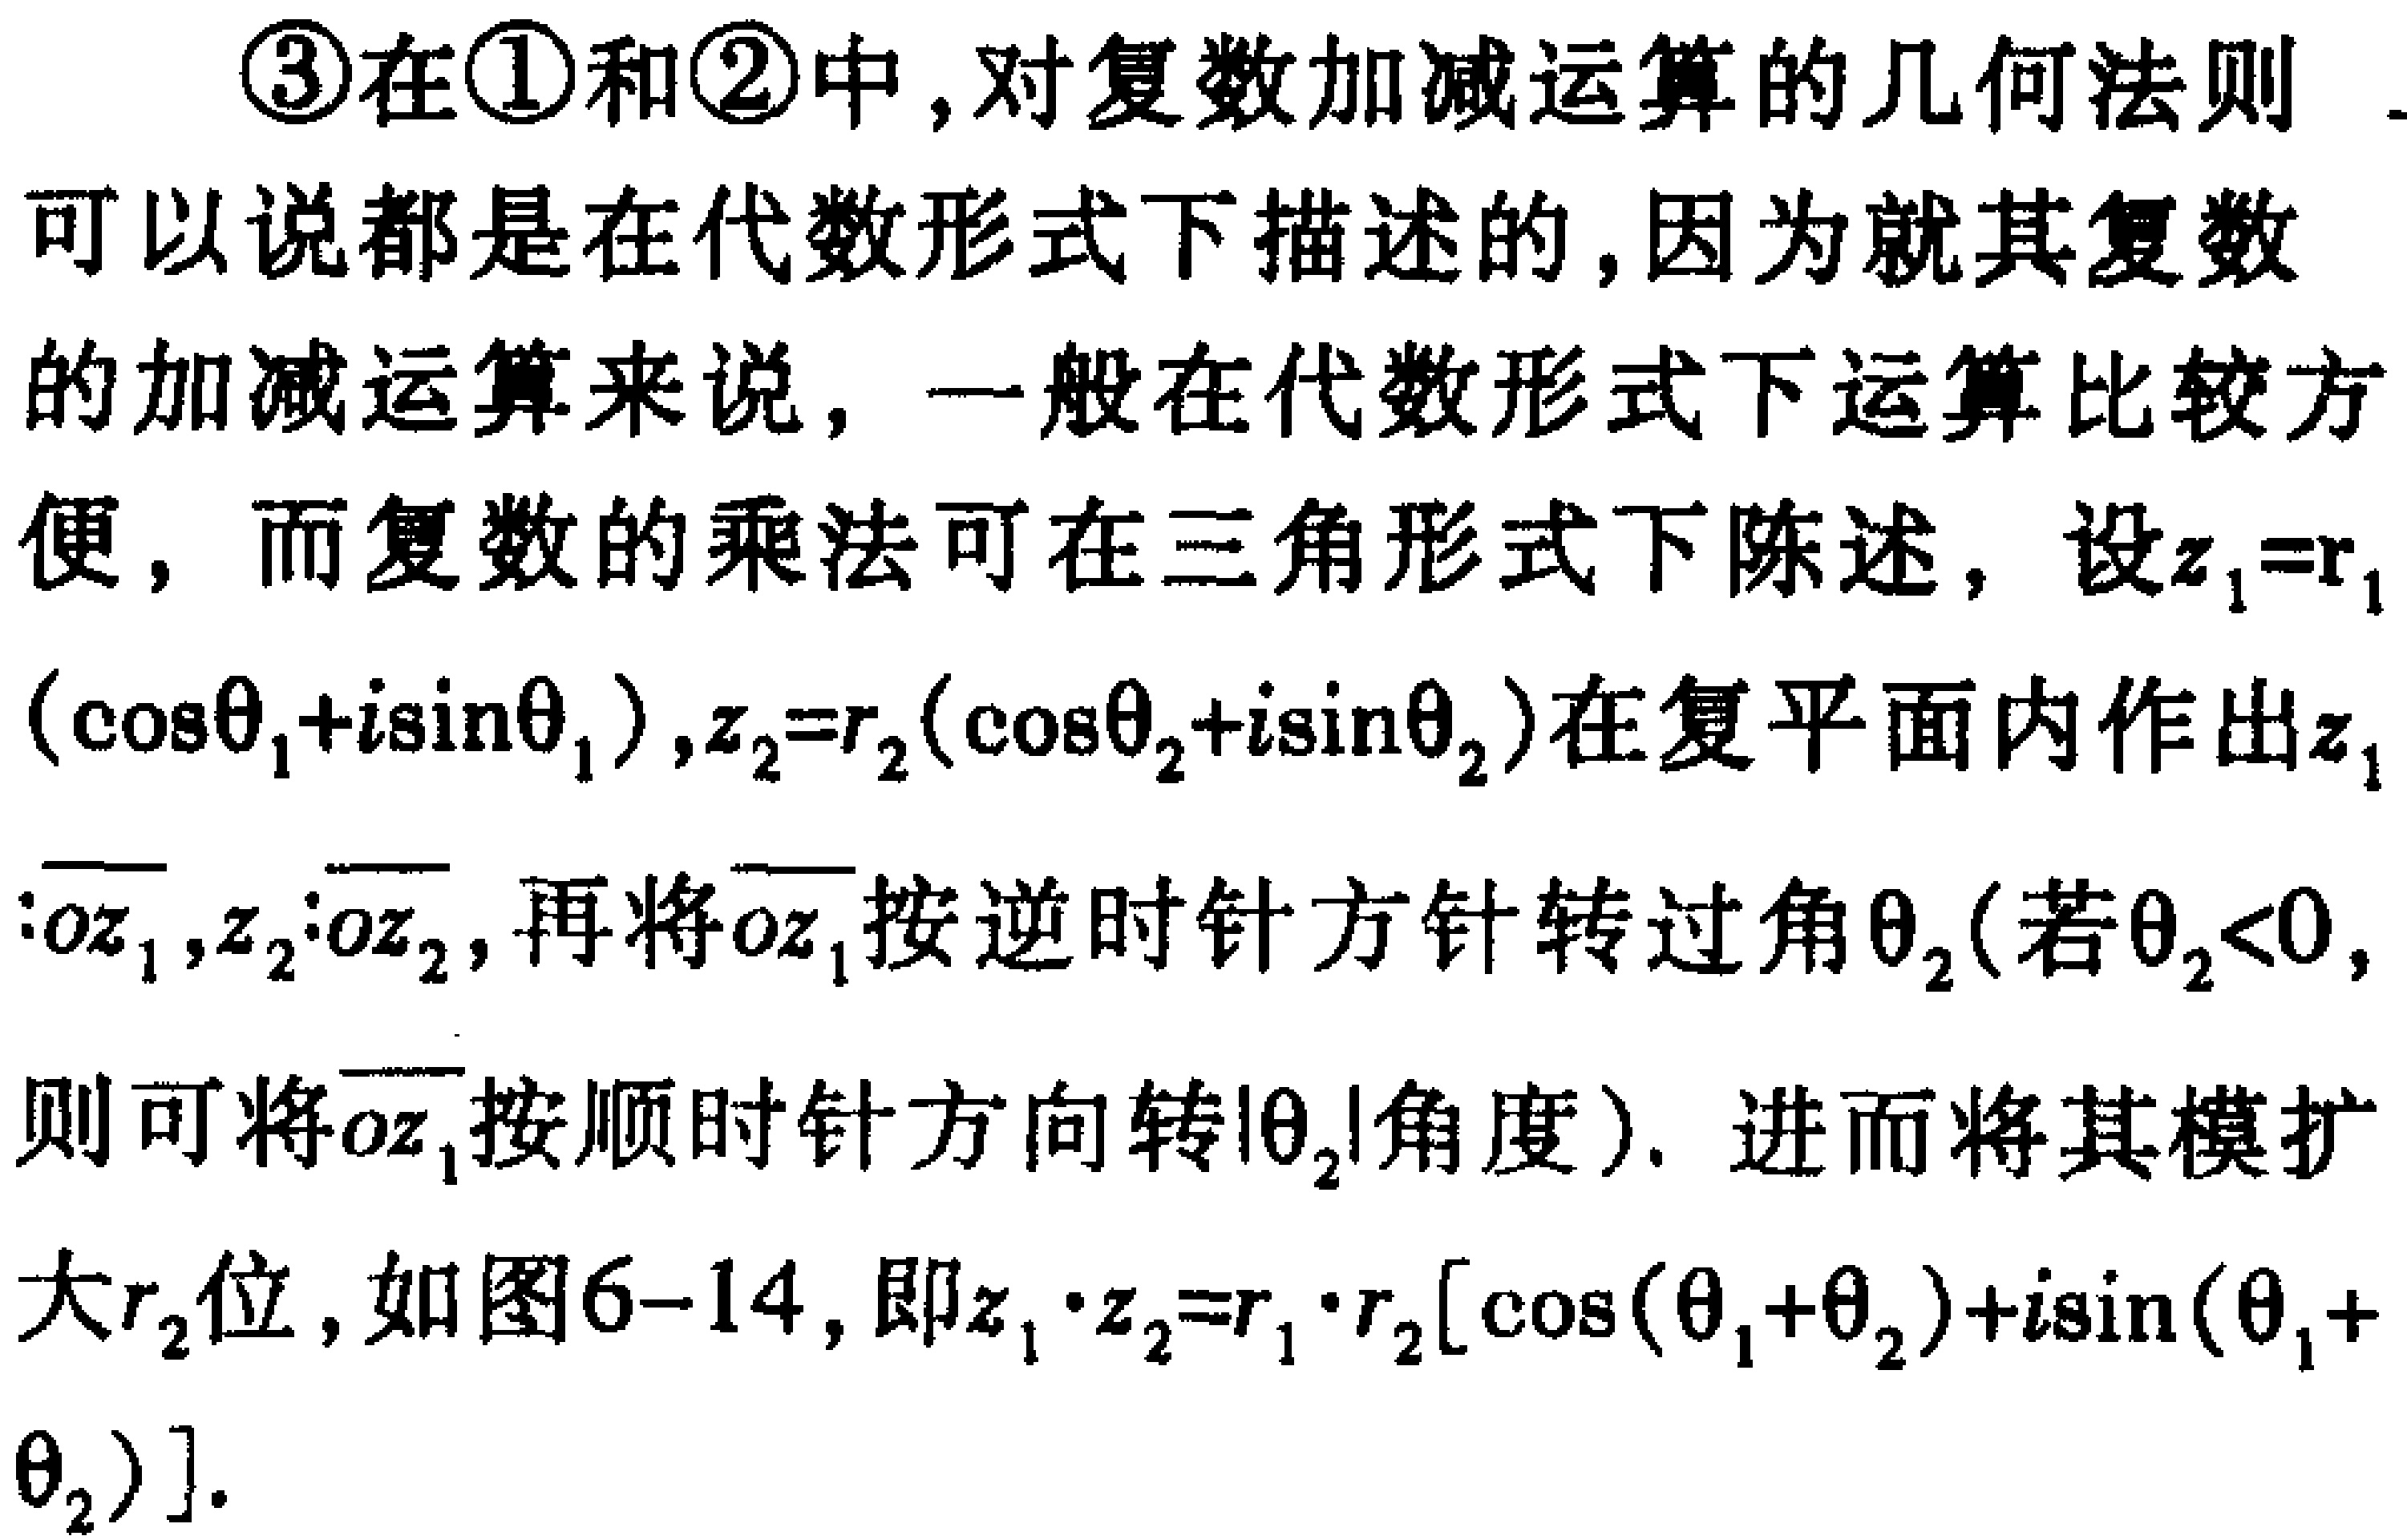
\textcircled{3}在\textcircled{1}和\textcircled{2}中,对复数加减运算的几何法则可以说都是在代数形式下描述的,因为就其复数的加减运算来说，一般在代数形式下运算比较方便，而复数的乘法可在三角形式下陈述，设\(z_{1}=r_{1}(\cos\theta_{1}+i\sin\theta_{1})\)，\(z_{2}=r_{2}(\cos\theta_{2}+i\sin\theta_{2})\)在复平面内作出\(z_{1}\)：\(\overrightarrow{oz_{1}}\)，\(z_{2}\)：\(\overrightarrow{oz_{2}}\)，再将\(\overrightarrow{oz_{1}}\)按逆时针方针转过角\(\theta_{2}\)(若\(\theta_{2}<0\)，则可将\(\overrightarrow{oz_{1}}\)按顺时针方向转\(\vert\theta_{2}\vert\)角度). 进而将其模扩大\(r_{2}\)位，如图6-14，即\(z_{1}\cdot z_{2}=r_{1}\cdot r_{2}[\cos(\theta_{1}+\theta_{2})+i\sin(\theta_{1}+\theta_{2})]\).